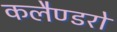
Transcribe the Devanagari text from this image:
कलैण्डरों